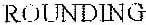
ROUNDING